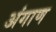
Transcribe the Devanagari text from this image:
अंगाण